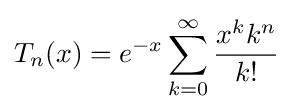
T_{n}(x)=e^{-x}\sum _{k=0}^{\infty }{\frac {x^{k}k^{n}}{k!}}